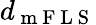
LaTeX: d_{\mathrm{~m~F~L~S~}}